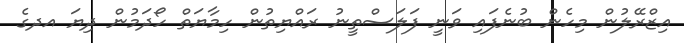
އިޒްރޭލުން މިހެން ބުނެފައި ވަނީ ފަލަސްތީނު ރައްޔިތުން ހިމާޔަތް ހޯދަމުން ދިޔަ އދގެ